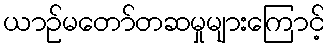
ယာဉ်မတော်တဆမှုများကြောင့်